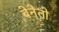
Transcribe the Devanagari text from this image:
बेनेतो